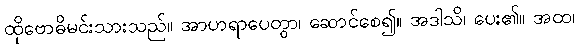
ထိုဗောဓိမင်းသားသည်။ အာဟရာပေတွာ၊ ဆောင်စေ၍။ အဒါသိ၊ ပေး၏။ အထ၊